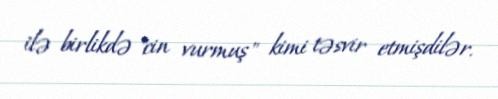
ilə birlikdə "cin vurmuş" kimi təsvir etmişdilər.